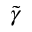
\tilde { \gamma }